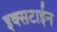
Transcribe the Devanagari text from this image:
इक्सटाईन